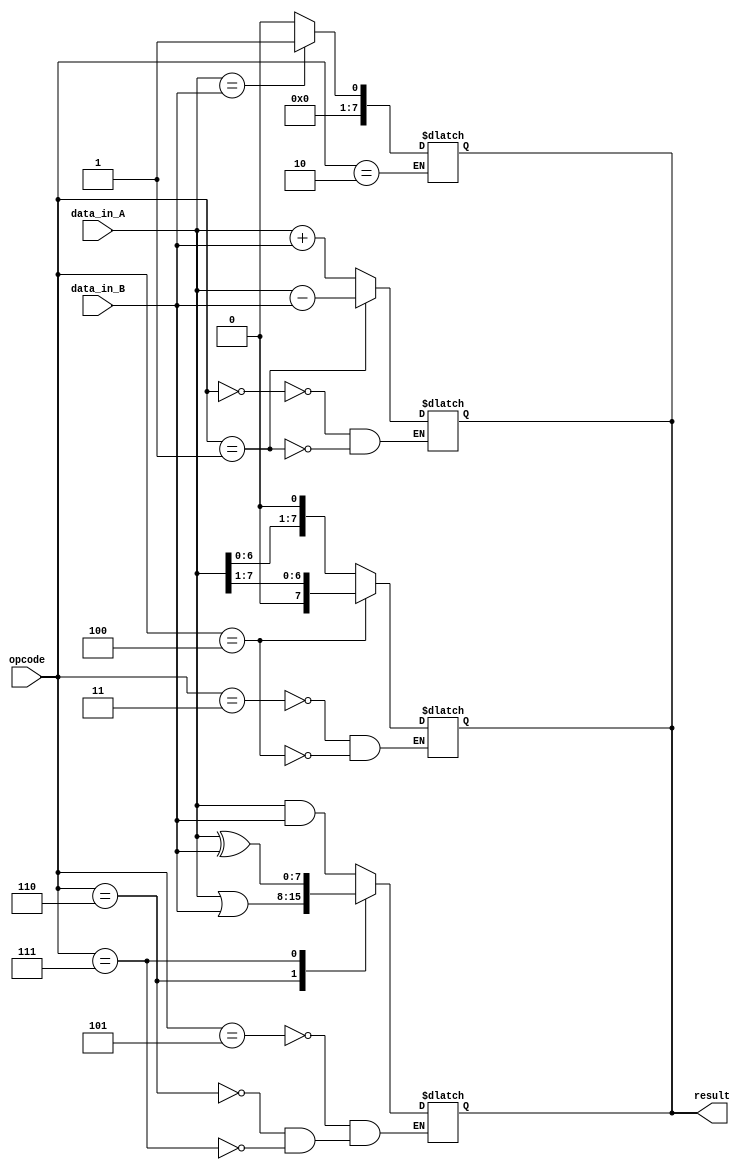
module ALU (
    input [7:0] data_in_A,
    input [7:0] data_in_B,
    input [2:0] opcode,
    output reg [7:0] result
);

// Functional blocks

// Adder block
always @(*)
begin
    case(opcode)
        3'b000: result = data_in_A + data_in_B; // Addition
        3'b001: result = data_in_A - data_in_B; // Subtraction
    endcase
end

// Comparator block
always @(*)
begin
    case(opcode)
        3'b010: result = (data_in_A == data_in_B) ? 1 : 0; // Equality check
    endcase
end

// Shifter block
always @(*)
begin
    case(opcode)
        3'b011: result = data_in_A << 1; // Left shift
        3'b100: result = data_in_A >> 1; // Right shift
    endcase
end

// Logical gates block
always @(*)
begin
    case(opcode)
        3'b101: result = data_in_A & data_in_B; // Bitwise AND
        3'b110: result = data_in_A | data_in_B; // Bitwise OR
        3'b111: result = data_in_A ^ data_in_B; // Bitwise XOR
    endcase
end

endmodule